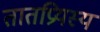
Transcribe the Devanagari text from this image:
तातप्रियस्य